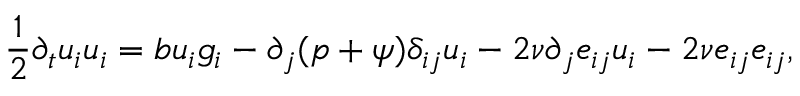
\frac { 1 } { 2 } \partial _ { t } u _ { i } u _ { i } = b u _ { i } g _ { i } - \partial _ { j } ( p + \psi ) \delta _ { i j } u _ { i } - 2 \nu \partial _ { j } e _ { i j } u _ { i } - 2 \nu e _ { i j } e _ { i j } ,